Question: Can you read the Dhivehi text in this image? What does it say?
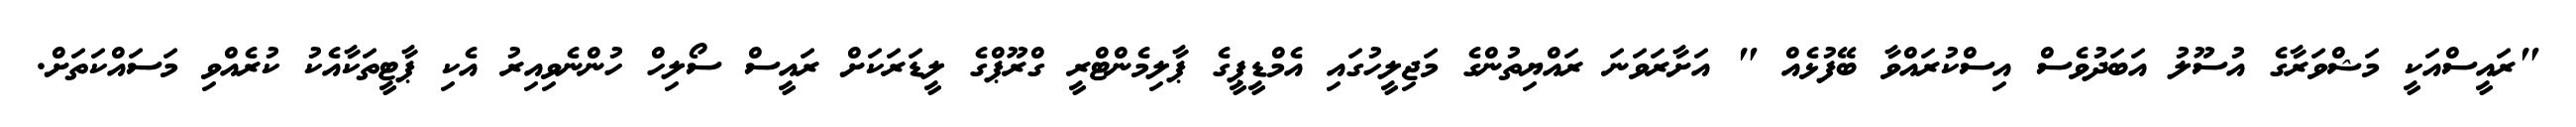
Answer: "ރައީސްއަކީ މަޝްވަރާގެ އުސޫލު އަބަދުވެސް އިސްކުރައްވާ ބޭފުޅެއް " އަށާރަވަނަ ރައްޔިތުންގެ މަޖިލީހުގައި އެމްޑީޕީގެ ޕާލިމެންޓްރީ ގްރޫޕްގެ ލީޑަރަކަށް ރައީސް ސޯލިހް ހުންނެވިއިރު އެކި ޕާޓީތަކާއެކު ކުރެއްވި މަސައްކަތަށް.